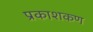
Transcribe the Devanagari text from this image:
प्रकाशकण